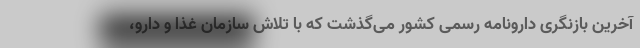
آخرین بازنگری دارونامه رسمی کشور می‌گذشت که با تلاش سازمان غذا و دارو،